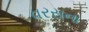
વરસના